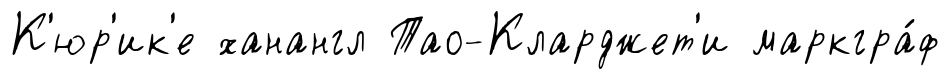
К'юр'ик'е ханангл Тао-Кларджет'и маркгра́ф